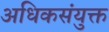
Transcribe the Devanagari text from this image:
अधिकसंयुक्त